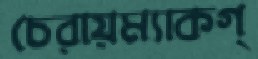
চেরায়ম্যাকগ্